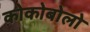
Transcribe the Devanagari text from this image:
कोकोबोलो